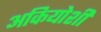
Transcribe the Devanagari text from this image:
अकियोशी